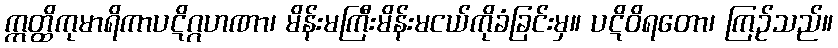
ဣတ္ထိကုမာရိကာပဋိဂ္ဂဟဏာ၊ မိန်းမကြီးမိန်းမငယ်ကိုခံခြင်းမှ။ ပဋိဝိရတော၊ ကြဉ်သည်။